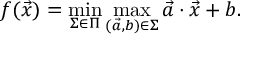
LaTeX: f ( { \vec { x } } ) = \operatorname* { m i n } _ { \Sigma \in \Pi } \operatorname* { m a x } _ { ( { \vec { a } } , b ) \in \Sigma } { \vec { a } } \cdot { \vec { x } } + b .